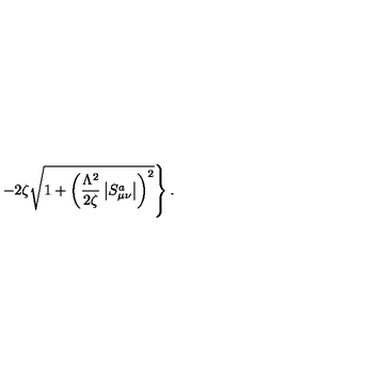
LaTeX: \left. - 2 \zeta \sqrt { 1 + \left( \frac { \Lambda ^ { 2 } } { 2 \zeta } \left| S _ { \mu \nu } ^ { a } \right| \right) ^ { 2 } } \right\} .